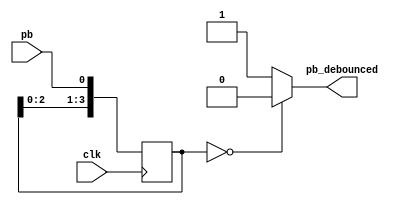
`timescale 1ns / 1ps
//////////////////////////////////////////////////////////////////////////////////
// Company: 
// Engineer: 
// 
// Design Name: 
// Module Name:    debounce 
// Project Name: 
// Target Devices: 
// Tool versions: 
// Description: 
//
// Dependencies: 
//
// Revision: 
// Revision 0.01 - File Created
// Additional Comments: 
//
//////////////////////////////////////////////////////////////////////////////////
// Debounce Pushbutton: Filters out mechanical switch bounce for around 40Ms
module debounce(pb_debounced, pb, clk);

  //push_button_debounced, push_button, clock
  output    pb_debounced; // signal of push button after debounced
  input     pb;           // signal from push button of the FPGA board
  input     clk;          // 100hz clock
  
  reg [3:0] shift_reg;    // use shift_reg to filter push button bounce 

  //when positive edge clock, shift the signal of pb to shift_reg[0]
  always @(posedge clk) begin
    shift_reg[3:1] <= shift_reg[2:0];
    shift_reg[0] <= pb;
  end

  //if pb remain 0 at 4 positive edge clock, then pb_debounced = 0
  assign pb_debounced = ((shift_reg == 4'b0000) ? 1'b0 : 1'b1);

endmodule